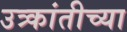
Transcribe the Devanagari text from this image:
उत्र्कांतीच्या